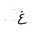
Letter: _gayn